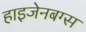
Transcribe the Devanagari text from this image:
हाइजेनबग्स